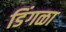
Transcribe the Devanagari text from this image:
डिंगळा